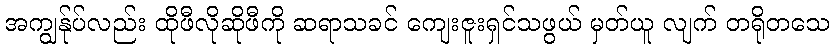
အကျွန်ုပ်လည်း ထိုဖီလိုဆိုဖီကို ဆရာသခင် ကျေးဇူးရှင်သဖွယ် မှတ်ယူ လျက် တရိုတသေ